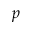
p